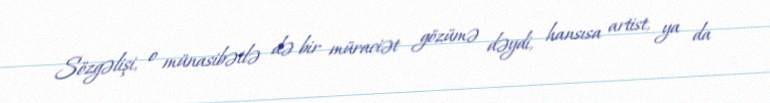
Sözgəlişi, o münasibətlə də bir müraciət gözümə dəydi, hansısa artist, ya da